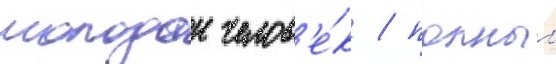
молодои челов'е́к / полныи